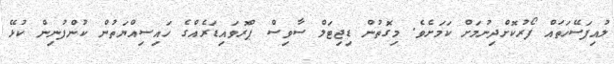
ލުއިފަސޭހަތައް ފޯރުކޮށްދިނުމަށް ކަމަށެވެ. މިގޮތުން ޑިޖިޓަލް ސާވިސް ޕްރޮވައިޑަރެއްގެ ހައިސިއްޔަތުން ކުންފުނިން ކުޅޭ